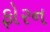
ફોરન